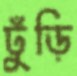
ঢুঁড়ি